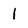
Character: 1